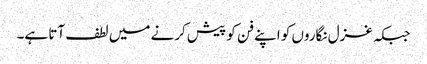
جبکہ غزل نگاروں کو اپنے فن کو پیش کرنے میں لطف آتا ہے۔